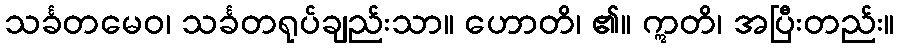
သင်္ခတမေဝ၊ သင်္ခတရုပ်ချည်းသာ။ ဟောတိ၊ ၏။ ဣတိ၊ အပြီးတည်း။